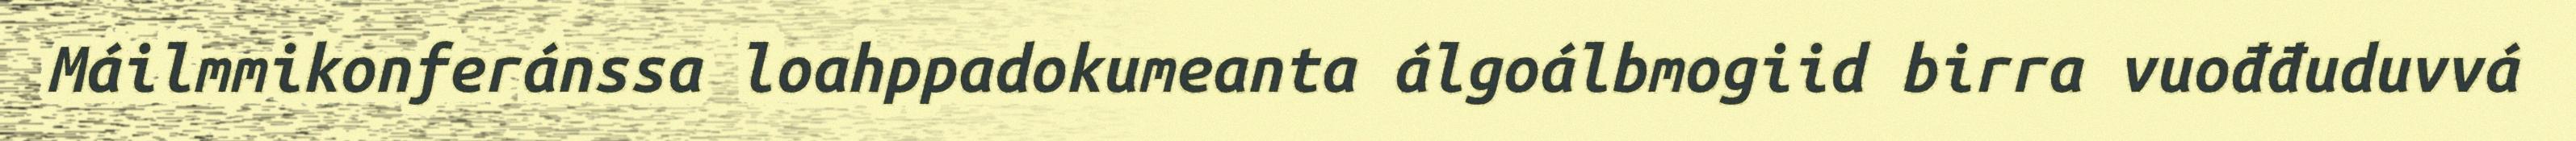
Máilmmikonferánssa loahppadokumeanta álgoálbmogiid birra vuođđuduvvá